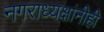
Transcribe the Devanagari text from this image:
नगराध्यक्षांनीही